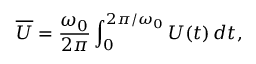
\overline { { U } } = \frac { \omega _ { 0 } } { 2 \pi } \int _ { 0 } ^ { 2 \pi / \omega _ { 0 } } U ( t ) \, d t ,